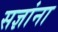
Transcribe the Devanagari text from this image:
सज्ञांना